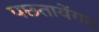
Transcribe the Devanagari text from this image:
पछ्तायेंगा।